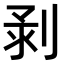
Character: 𠝌